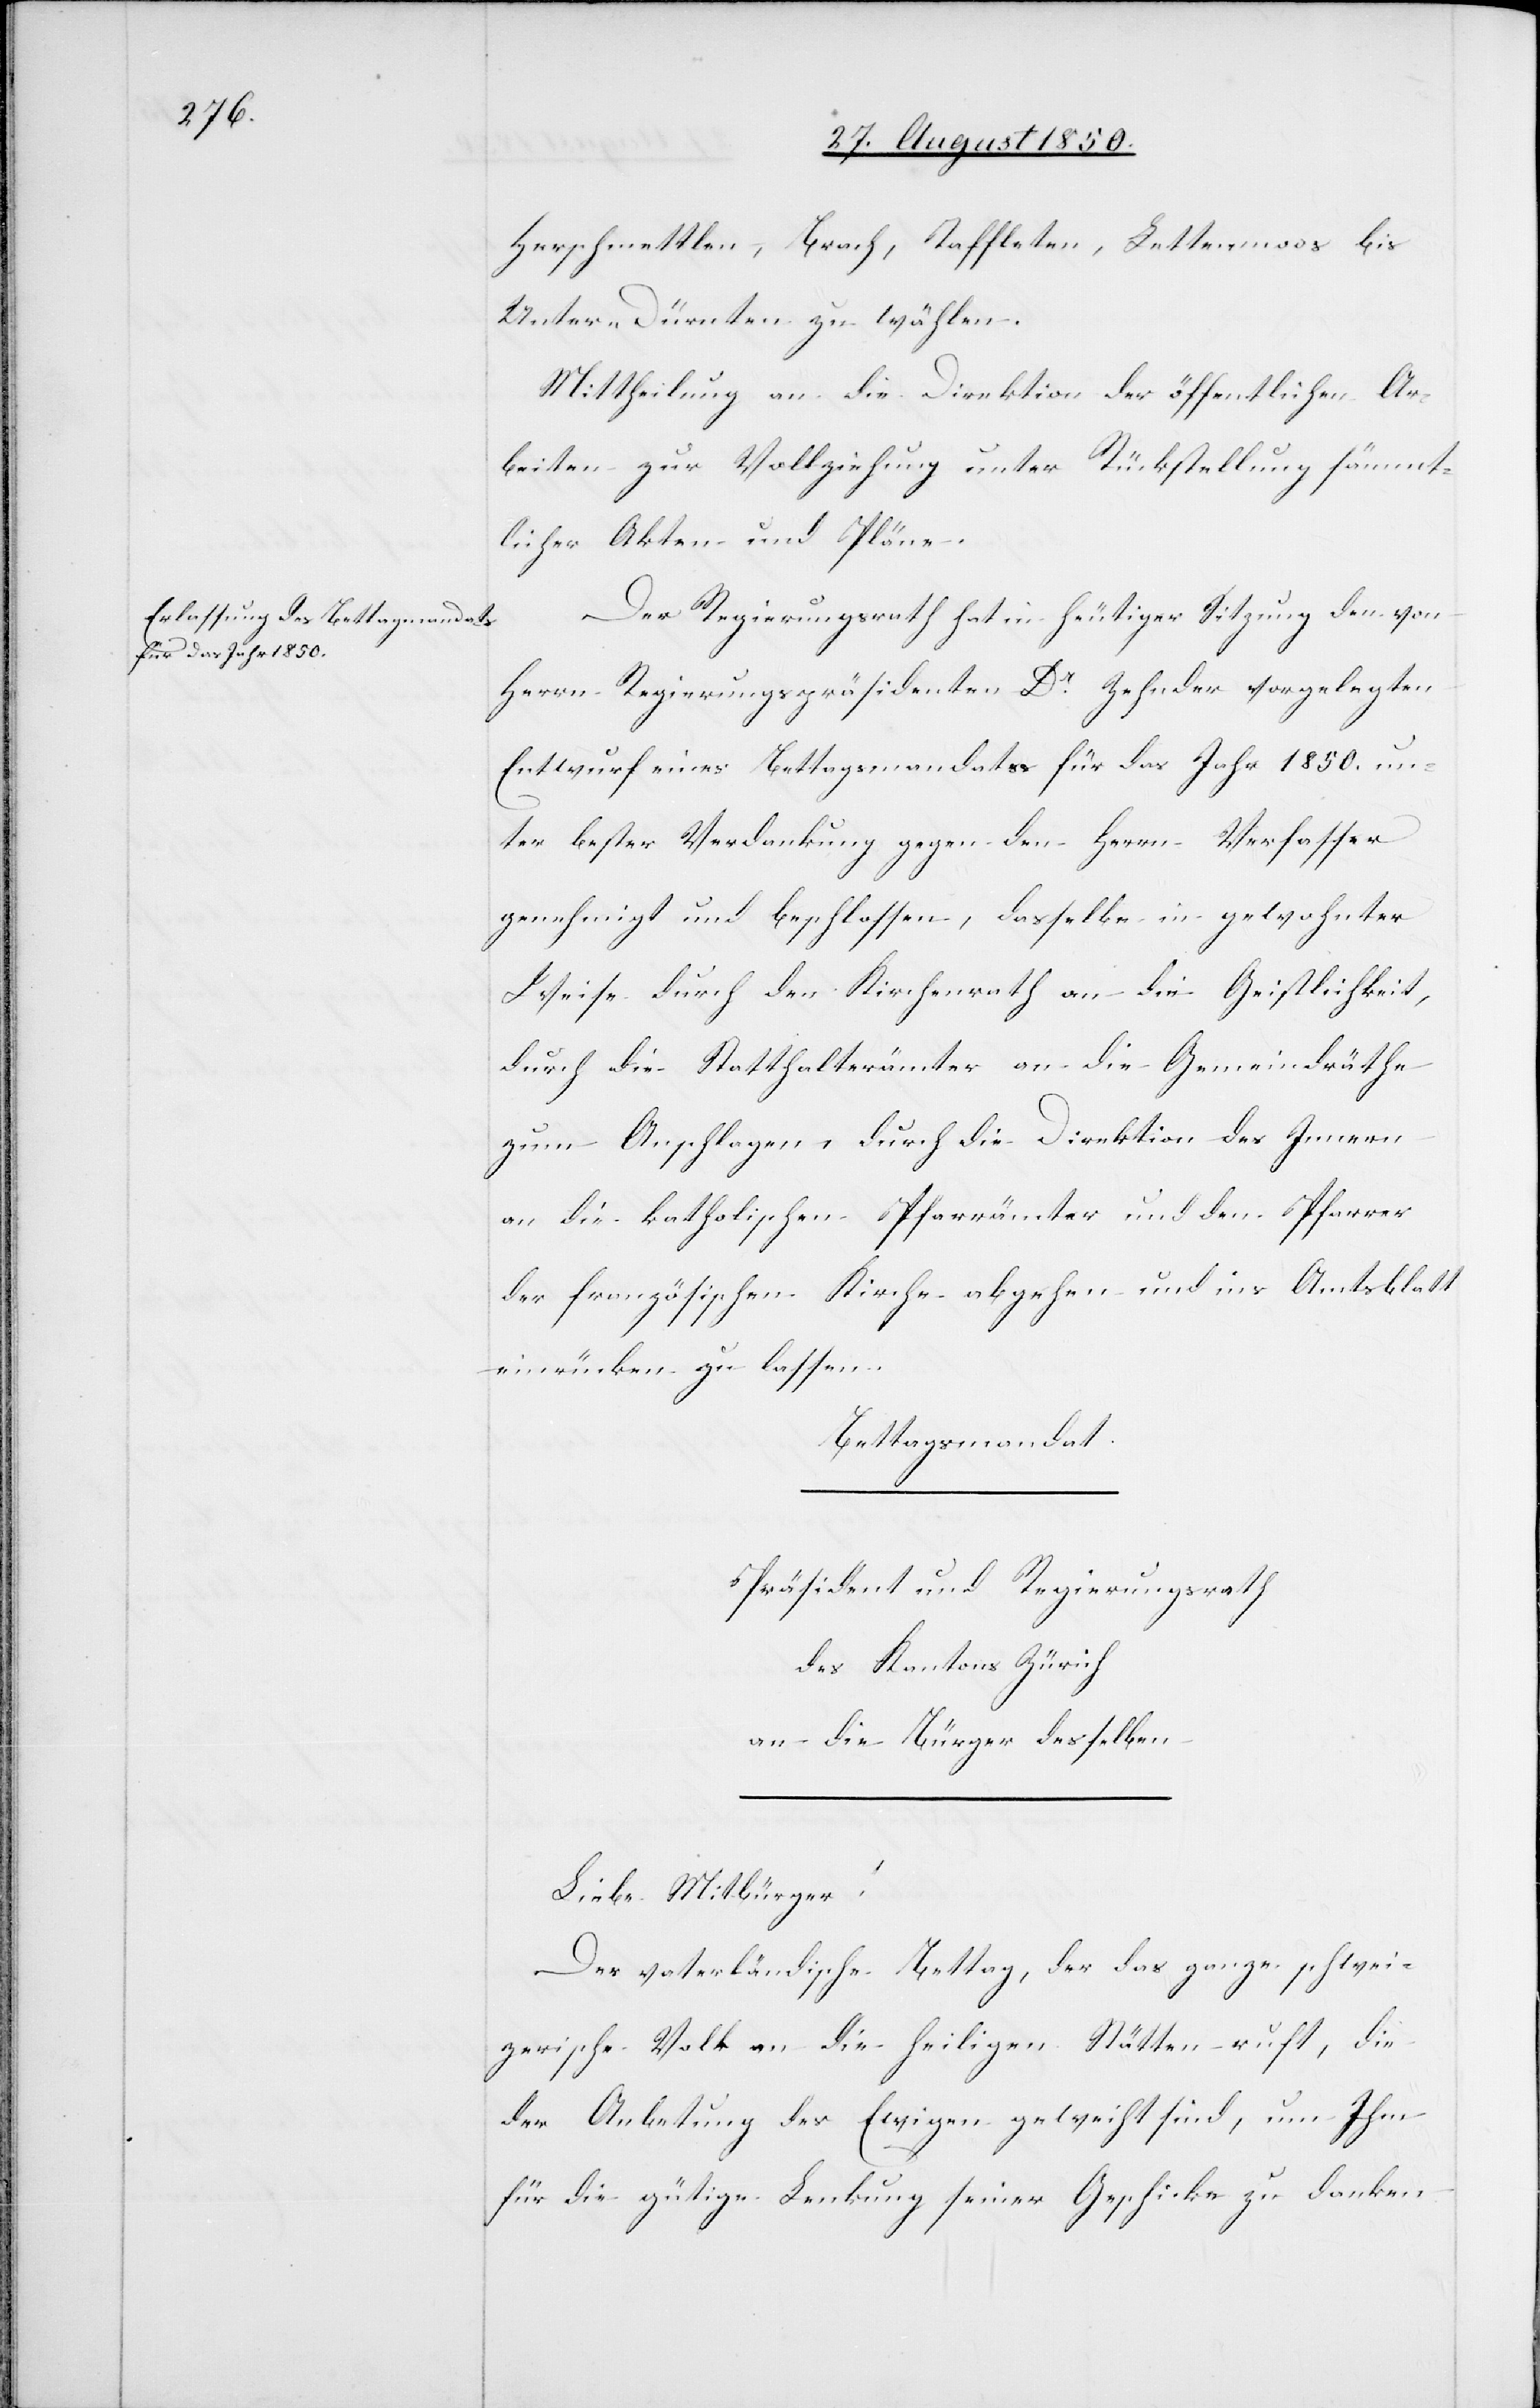
Herschmettlen, Brach, Taffleten, Lettenmoos bis
Unter-Dürnten zu wählen.
Mittheilung an die Direktion der öffentlichen Ar¬
beiten zur Vollziehung unter Rückstellung sämmt¬
licher Akten und Pläne.
Der Regierungsrath hat in heutiger Sitzung den von
Herrn Regierungspräsidenten Dr Zehnder vorgelegten
Entwurf eines Bettagsmandats für das Jahr 1850. un¬
ter bester Verdankung gegen den Herrn Verfasser
genehmigt und beschlossen, dasselbe in gewohnter
Weise durch den Kirchenrath an die Geistlichkeit,
durch die Statthalterämter an die Gemeindräthe
zum Anschlagen, durch die Direktion des Innern
an die katholischen Pfarrämter und den Pfarrer
der französischen Kirche abgehen und ins Amtsblatt
einrücken zu lassen.
Bettagsmandat.
Präsident und Regierungsrath
des Kantons Zürich
an die Bürger desselben
Liebe Mitbürger!
Der vaterländische Bettag, der das ganze schwei¬
zerische Volk an die heiligen Stätten ruft, die
der Anbetung des Ewigen geweiht sind, um Ihm
für die gütige Lenkung seiner Geschicke zu danken